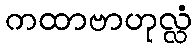
ကထာဗာဟုလ္လံ